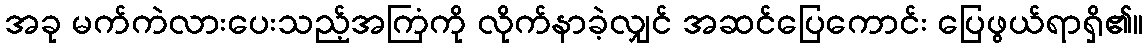
အခု မက်ကဲလားပေးသည့်အကြံကို လိုက်နာခဲ့လျှင် အဆင်ပြေကောင်း ပြေဖွယ်ရာရှိ၏။